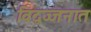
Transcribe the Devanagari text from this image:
विद्वज्जनात